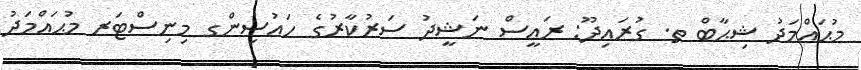
މުޙައްމަދު ޝިޙާބް ތ. ގުރައިދޫ: ރައީސް ނަޝީދު ސަރުކާރުގެ ހައުސިންގ މިނިސްޓަރ މުޙައްމަދު